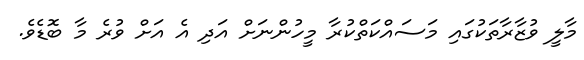
މާލީ ވުޒާރާތަކުގައި މަސައްކަތްކުރާ މީހުންނަށް އަދި އެ އަށް ވުރެ މާ ބޮޑެވެ.